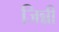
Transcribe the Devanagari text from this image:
जिन्नी